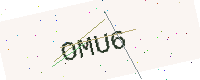
Text: OMU6